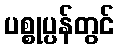
ပစ္စုပ္ပန်တွင်